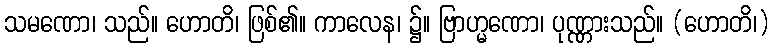
သမဏော၊ သည်။ ဟောတိ၊ ဖြစ်၏။ ကာလေန၊ ၌။ ဗြာဟ္မဏော၊ ပုဏ္ဏားသည်။ (ဟောတိ၊)